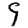
Digit: 9